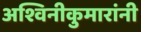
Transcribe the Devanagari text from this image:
अश्विनीकुमारांनी